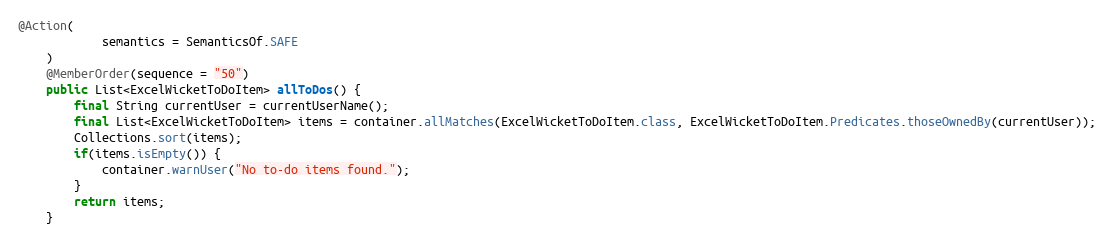
Language: Java
@Action(
            semantics = SemanticsOf.SAFE
    )
    @MemberOrder(sequence = "50")
    public List<ExcelWicketToDoItem> allToDos() {
        final String currentUser = currentUserName();
        final List<ExcelWicketToDoItem> items = container.allMatches(ExcelWicketToDoItem.class, ExcelWicketToDoItem.Predicates.thoseOwnedBy(currentUser));
        Collections.sort(items);
        if(items.isEmpty()) {
            container.warnUser("No to-do items found.");
        }
        return items;
    }